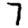
Digit: 7